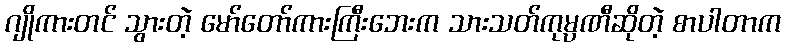
ဂျိုကားတင် သွားတဲ့ မော်တော်ကားကြီးဘေးက သားသတ်ကုမ္ပဏီဆိုတဲ့ စာပါတာက